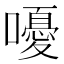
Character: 嚘